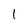
Character: 1